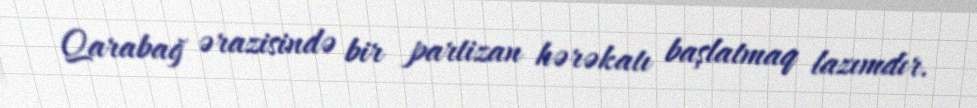
Qarabağ ərazisində bir partizan hərəkatı başlatmaq lazımdır.